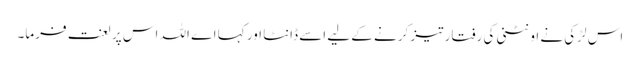
اس لڑکی نے اونٹنی کی رفتار تیز کرنے کے لیے اسے ڈانٹا اور کہا اے اللہ اس پر لعنت فرما۔